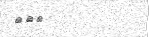
١٠٣